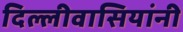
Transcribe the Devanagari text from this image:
दिल्लीवासियांनी